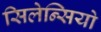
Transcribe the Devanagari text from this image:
सिलेन्सियो